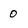
Character: 0